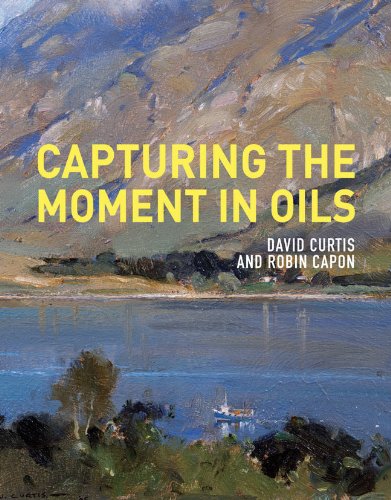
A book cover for Capturing the Moment in Oils; David Curtis; Arts & Photography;